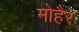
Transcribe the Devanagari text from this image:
मोहैर